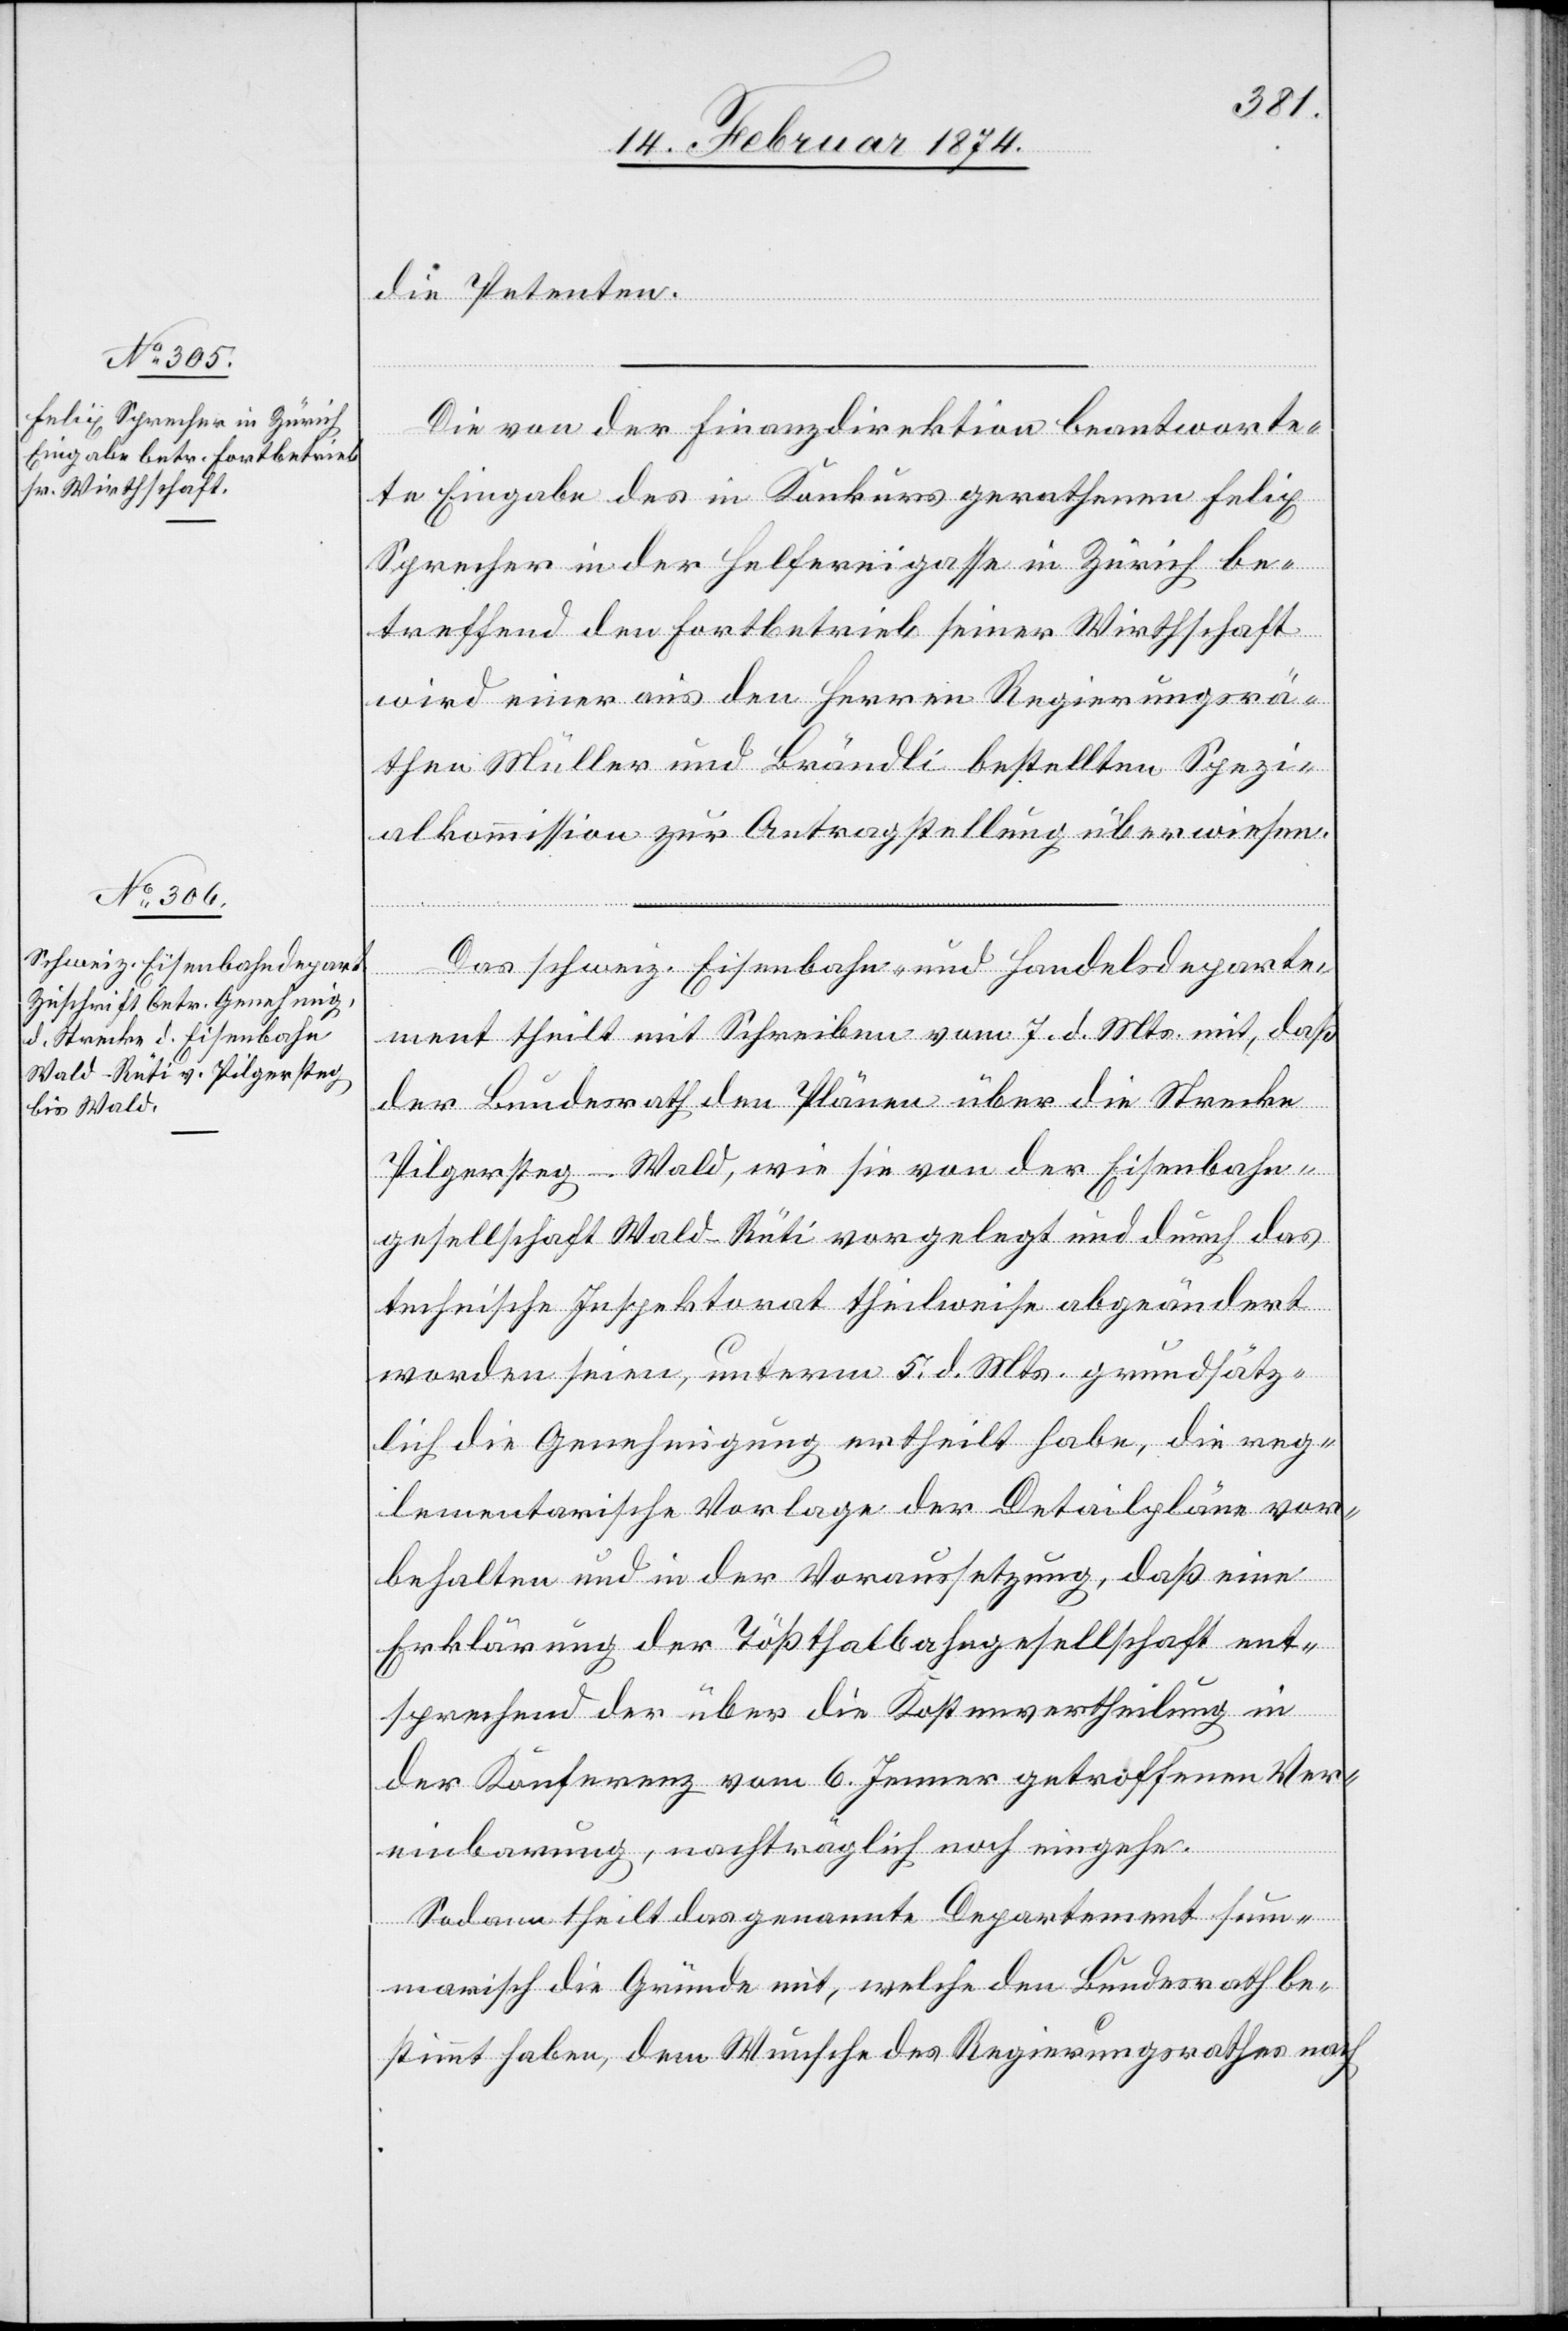
die Petenten.
Die von der Finanzdirektion beantworte¬
te Eingabe des in Konkurs gerathenen Felix
Sprecher in der Helfereigasse in Zürich be¬
treffend den Forstbetrieb seiner Wirthschaft
wird einer aus den Herren Regierungsrä¬
then Müller und Brändli bestellten Spezi¬
alkommission zur Antragstellung überwiesen.
Das schweiz. Eisenbahn- und Handelsdeparte¬
ment theilt mit Schreiben vom 7. d. Mts. mit, daß
der Bundesrath den Plänen über die Strecke
Pilgersteg-Wald, wie sie von der Eisenbahn¬
gesellschaft Wald-Rüti vorgelegt und durch das
technische Inspektorat theilweise abgeändert
worden seien, unterm 5. d. Mts. grundsätz¬
lich die Genehmigung ertheilt habe, die reg¬
lementarische Vorlage der Detailpläne vor¬
behalten und in der Voraussetzung, daß eine
Erklärung der Tößthalbahngesellschaft ent¬
sprechend der über die Kostenvertheilung in
der Konferenz vom 6. Jenner getroffenen Ver¬
einbarung, nachträglich noch eingehe.
Sodann theilt das genannte Departement sum¬
marisch die Gründe mit, welche den Bundesrath be¬
stimmt haben, dem Wunsche des Regierungsrathes nach